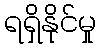
ရရှိနိုင်မှု